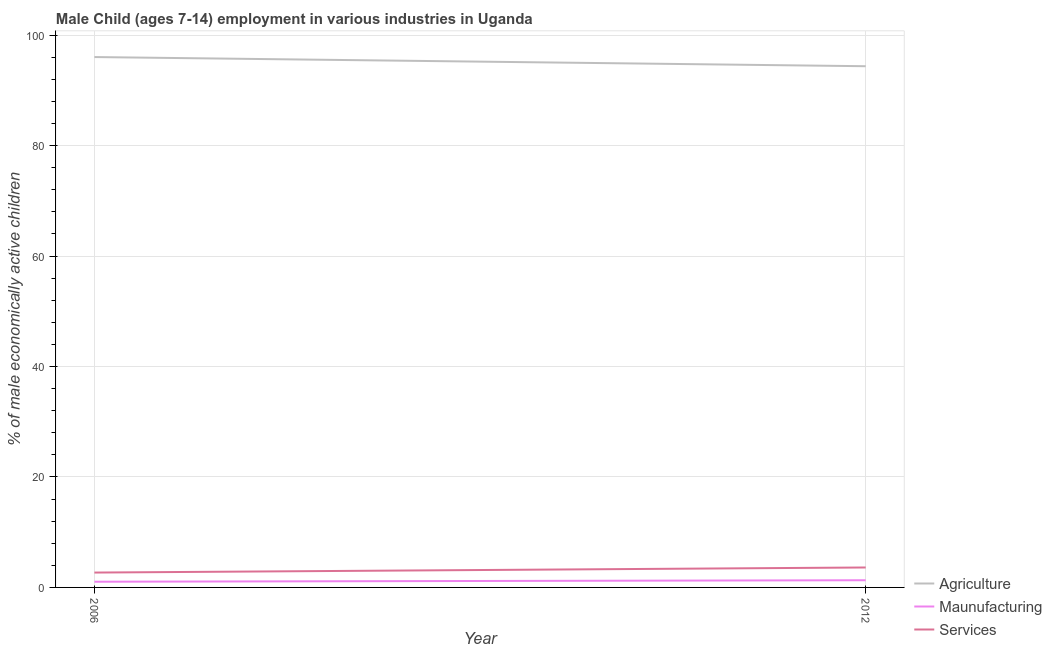
| Year | Agriculture | Maunufacturing | Services |
 | --- | --- | --- | --- |
 | 2006 | 96 | 1.03 | 2.69 |
 | 2012 | 94.4 | 1.3 | 3.61 |